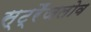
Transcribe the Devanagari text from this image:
स्ट्रैंजलोव